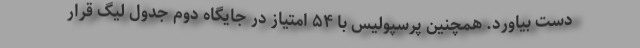
دست بیاورد. همچنین پرسپولیس با ۵۴ امتیاز در جایگاه دوم جدول لیگ قرار